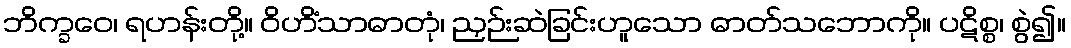
ဘိက္ခဝေ၊ ရဟန်းတို့။ ဝိဟိံသာဓာတုံ၊ ညှဉ်းဆဲခြင်းဟူသော ဓာတ်သဘောကို။ ပဋိစ္စ၊ စွဲ၍။